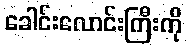
ခေါင်းလောင်းကြီးကို